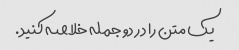
یک متن را در دو جمله خلاصه کنید.